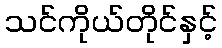
သင်ကိုယ်တိုင်နှင့်